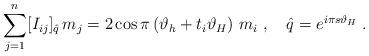
LaTeX: \begin{align*}\sum_{j=1}^{n}[I_{ij}]_{\hat{q}}\,m_{j}=2\cos \pi \left( \vartheta_{h}+t_{i}\vartheta _{H}\right) \,m_{i}\;,\quad \hat{q}=e^{i\pi s\vartheta_{H}}\;. \end{align*}